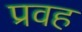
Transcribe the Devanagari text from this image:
प्रवह